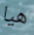
هيا